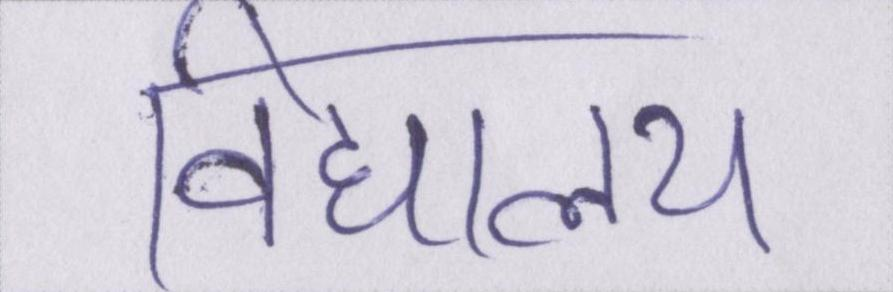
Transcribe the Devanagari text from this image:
विद्यालय